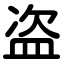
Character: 盗